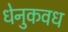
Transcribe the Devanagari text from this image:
धेनुकवध